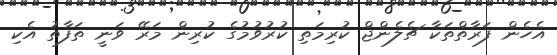
އެހެން ފަރާތްތަކާ ޗެލެންޖް ކުރިމަތި ކުރުވުމުގެ ކުރިން މަރޭ ވަނީ ތަފާތު އެކި